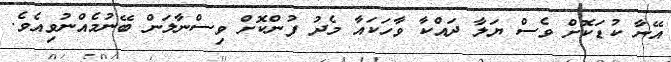
އޭނާ ކުޑަކޮށް ވެސް ޔަލާ ދައްކާ ވާހަކައާ މެދު ފުންކޮށް ވިސްނާލަން ބޭނުމެއްނުވިއެވެ.